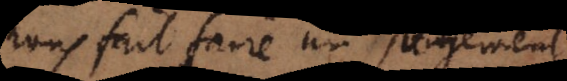
nous fait faire un jugement